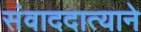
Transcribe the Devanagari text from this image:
संवाददात्याने